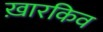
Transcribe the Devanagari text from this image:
ख़ारकिव